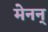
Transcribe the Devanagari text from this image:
मेनन्